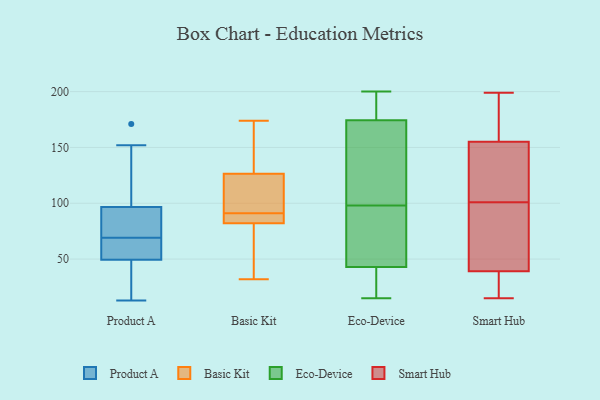
{"axis": {"x": "Energy Usage (MWh)", "y": "Value"}, "legend": ["Basic Kit", "Eco-Device", "Product A", "Smart Hub"], "data": [{"x": "", "y": 42, "type": "Product A"}, {"x": "", "y": 18, "type": "Product A"}, {"x": "", "y": 171, "type": "Product A"}, {"x": "", "y": 60, "type": "Product A"}, {"x": "", "y": 93, "type": "Product A"}, {"x": "", "y": 69, "type": "Product A"}, {"x": "", "y": 89, "type": "Product A"}, {"x": "", "y": 152, "type": "Product A"}, {"x": "", "y": 126, "type": "Product A"}, {"x": "", "y": 52, "type": "Product A"}, {"x": "", "y": 13, "type": "Product A"}, {"x": "", "y": 86, "type": "Product A"}, {"x": "", "y": 35, "type": "Product A"}, {"x": "", "y": 83, "type": "Product A"}, {"x": "", "y": 62, "type": "Product A"}, {"x": "", "y": 69, "type": "Product A"}, {"x": "", "y": 108, "type": "Product A"}, {"x": "", "y": 150, "type": "Basic Kit"}, {"x": "", "y": 90, "type": "Basic Kit"}, {"x": "", "y": 83, "type": "Basic Kit"}, {"x": "", "y": 92, "type": "Basic Kit"}, {"x": "", "y": 32, "type": "Basic Kit"}, {"x": "", "y": 81, "type": "Basic Kit"}, {"x": "", "y": 153, "type": "Basic Kit"}, {"x": "", "y": 83, "type": "Basic Kit"}, {"x": "", "y": 174, "type": "Basic Kit"}, {"x": "", "y": 85, "type": "Basic Kit"}, {"x": "", "y": 110, "type": "Basic Kit"}, {"x": "", "y": 116, "type": "Basic Kit"}, {"x": "", "y": 35, "type": "Basic Kit"}, {"x": "", "y": 137, "type": "Basic Kit"}, {"x": "", "y": 107, "type": "Basic Kit"}, {"x": "", "y": 57, "type": "Basic Kit"}, {"x": "", "y": 166, "type": "Eco-Device"}, {"x": "", "y": 43, "type": "Eco-Device"}, {"x": "", "y": 183, "type": "Eco-Device"}, {"x": "", "y": 15, "type": "Eco-Device"}, {"x": "", "y": 79, "type": "Eco-Device"}, {"x": "", "y": 30, "type": "Eco-Device"}, {"x": "", "y": 98, "type": "Eco-Device"}, {"x": "", "y": 43, "type": "Eco-Device"}, {"x": "", "y": 177, "type": "Eco-Device"}, {"x": "", "y": 190, "type": "Eco-Device"}, {"x": "", "y": 96, "type": "Eco-Device"}, {"x": "", "y": 107, "type": "Eco-Device"}, {"x": "", "y": 153, "type": "Eco-Device"}, {"x": "", "y": 200, "type": "Eco-Device"}, {"x": "", "y": 42, "type": "Eco-Device"}, {"x": "", "y": 187, "type": "Smart Hub"}, {"x": "", "y": 90, "type": "Smart Hub"}, {"x": "", "y": 101, "type": "Smart Hub"}, {"x": "", "y": 164, "type": "Smart Hub"}, {"x": "", "y": 106, "type": "Smart Hub"}, {"x": "", "y": 155, "type": "Smart Hub"}, {"x": "", "y": 33, "type": "Smart Hub"}, {"x": "", "y": 105, "type": "Smart Hub"}, {"x": "", "y": 199, "type": "Smart Hub"}, {"x": "", "y": 15, "type": "Smart Hub"}, {"x": "", "y": 146, "type": "Smart Hub"}, {"x": "", "y": 17, "type": "Smart Hub"}, {"x": "", "y": 62, "type": "Smart Hub"}, {"x": "", "y": 68, "type": "Smart Hub"}, {"x": "", "y": 39, "type": "Smart Hub"}, {"x": "", "y": 198, "type": "Smart Hub"}, {"x": "", "y": 23, "type": "Smart Hub"}, {"x": "", "y": 101, "type": "Smart Hub"}]}